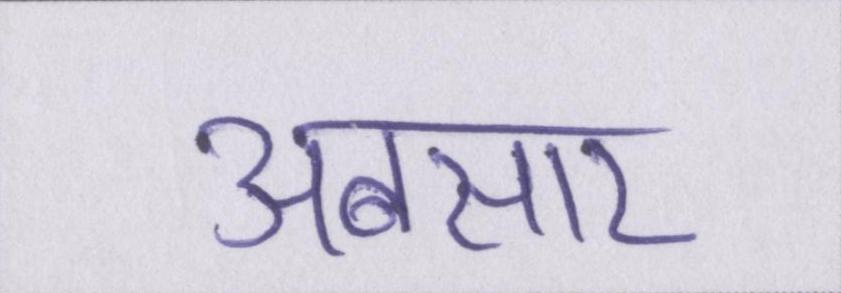
अबसार